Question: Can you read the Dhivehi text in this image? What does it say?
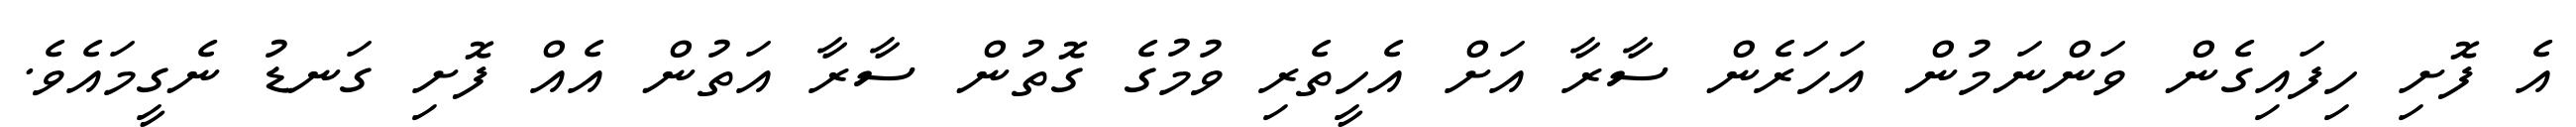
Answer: އެ ފޮށި ހިފައިގެން ވަންނަމުން އަހަރެން ސާރާ އަށް އެހީތެރި ވުމުގެ ގޮތުން ސާރާ އަތުން އެއް ފޮށި ގަނޑު ނެގީމައެވެ.